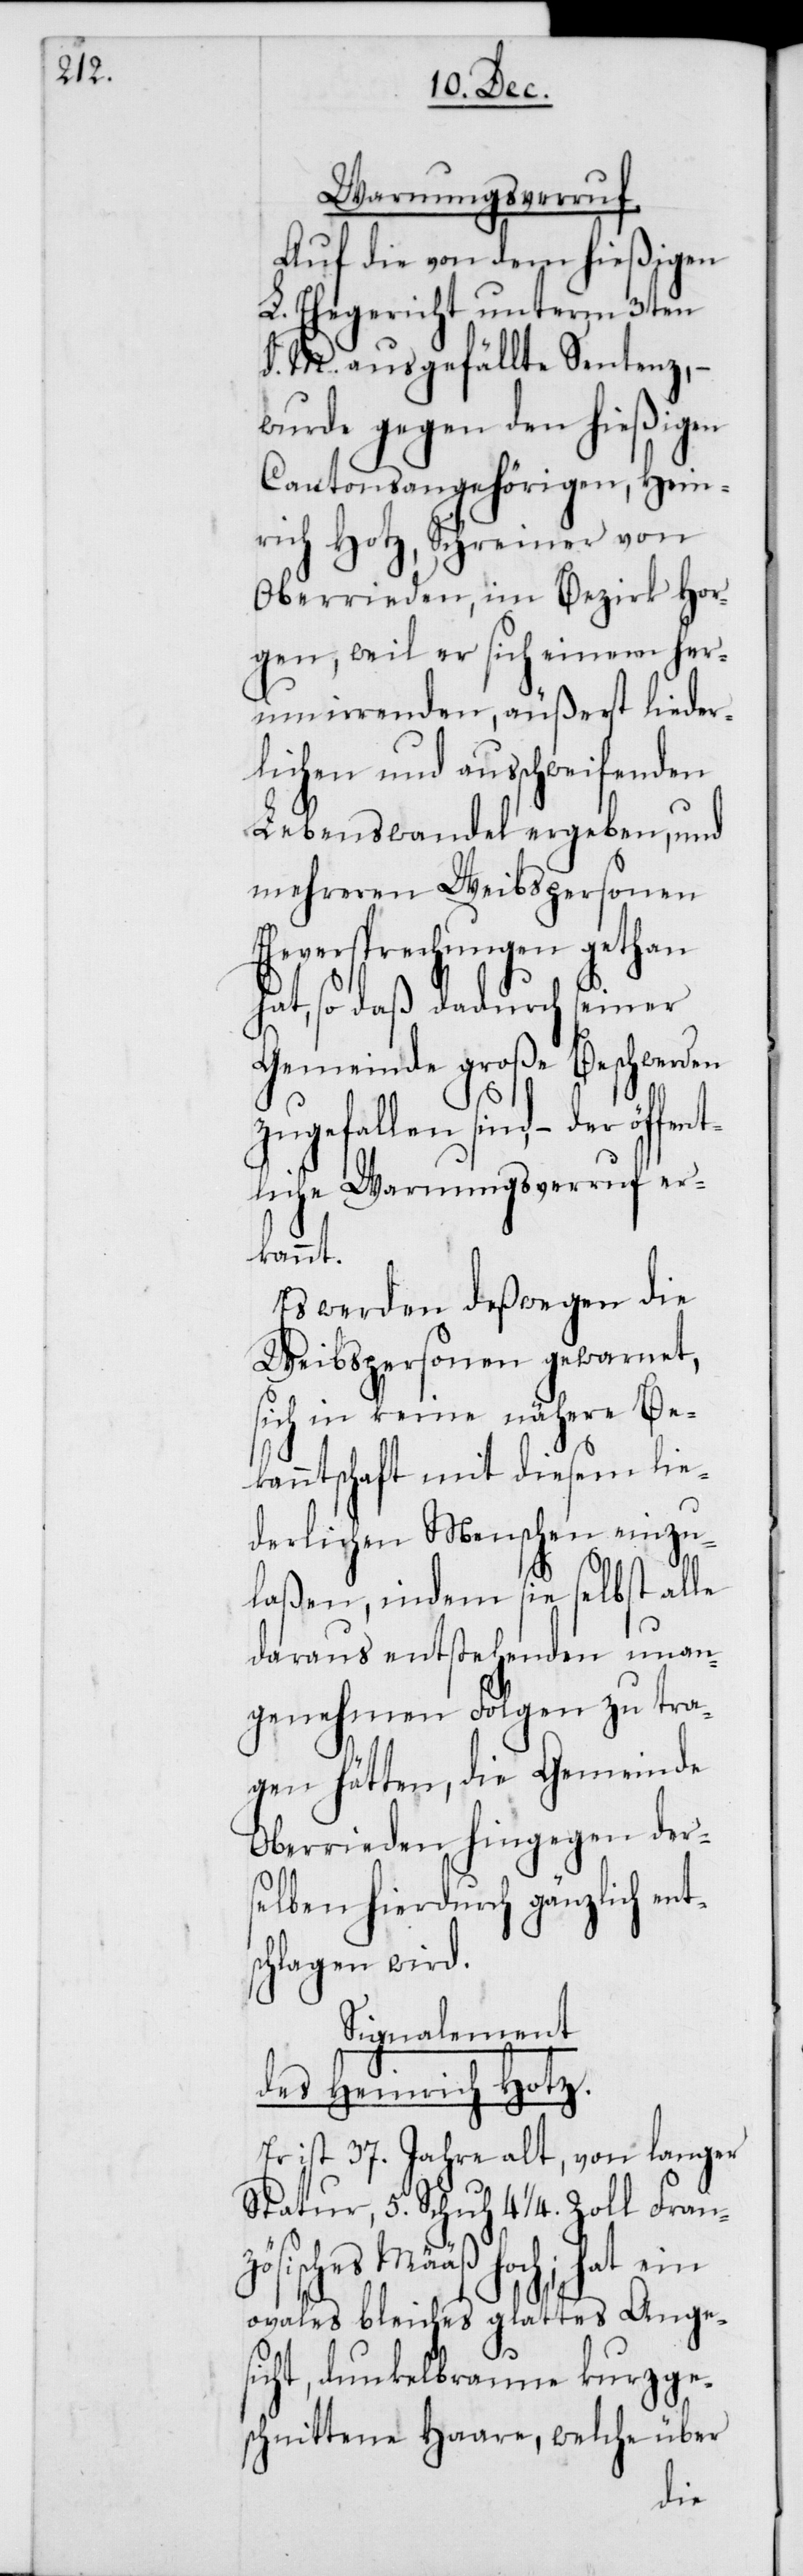
fent¬

Warnungsverruf.
Auf die von dem hießigen
L. Ehegericht unterm 3ten
d. M. ausgefällte Sentenz, –
wurde gegen den hießigen
Cantonsangehörigen, Hein¬
rich Hotz, Schreiner von
Oberrieden, im Bezirk Hor¬
gen, weil er sich einem her¬
umirrenden, äußerst lieder¬
lichen und ausschweifenden
Lebenswandel ergeben, und
mehreren Weibspersonen
Eheversprechungen gethan
hat, so daß dadurch seiner
Gemeinde große Beschwerden
zugefallen sind, – der öf¬
liche Warnungsverruf er¬
kannt.
Es werden deßwegen die
Weibspersonen gewarnet,
sich in keine nähere Be¬
kanntschaft mit diesem
derlichen Menschen einzu¬
laßen, indem sie selbst alle
daraus entstehenden unan¬
genehmen Folgen zu tra¬
gen hätten, die Gemeinde
Oberrieden hingegen der¬
selben hierdurch gänzlich ents¬
chlagen wird.
Signalement
des Heinrich Hotz.
Er ist 37. Jahre alt, von langer
Statur, 5. Schuh 4 1/4 Zoll Franzö¬
sisches Määß hoch; hat ein
ovales bleiches glattes Anges¬
icht, dunkelbraune kurzge¬
schnittene Haare, welche über
lie¬